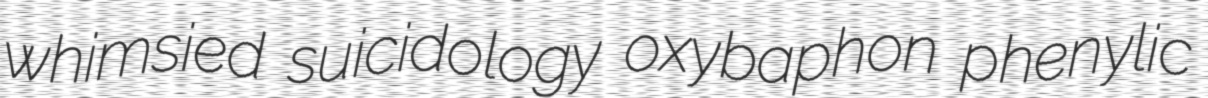
whimsied suicidology oxybaphon phenylic